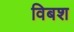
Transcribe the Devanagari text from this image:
विबश